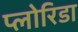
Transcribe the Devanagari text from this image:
प्लोरिडा